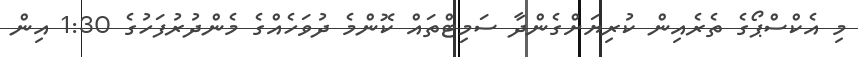
މި އެކްސްޕޯގެ ތެރެއިން ކުރިޔަށްގެންދާ ސަމިޓްތައް ކޮންމެ ދުވަހެއްގެ މެންދުރުފަހުގެ 1:30 އިން